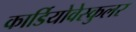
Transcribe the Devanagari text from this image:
कार्डियोवेस्कुलर